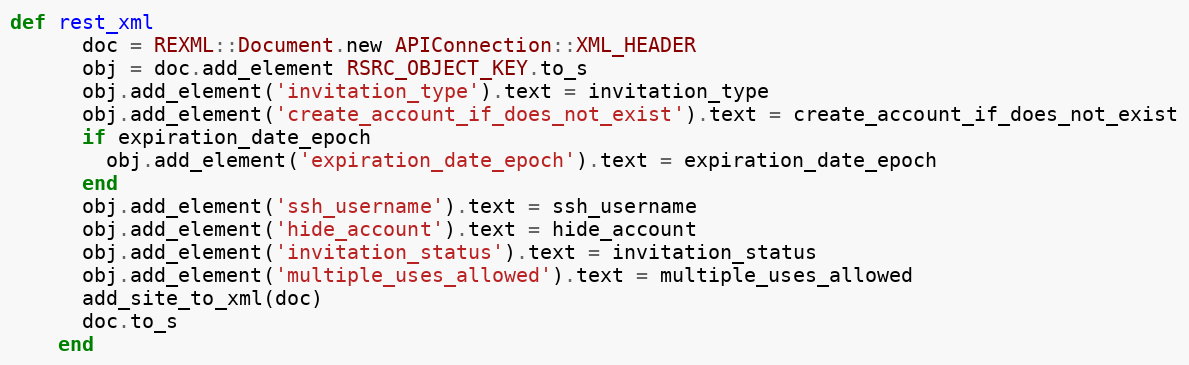
Language: Ruby
def rest_xml
      doc = REXML::Document.new APIConnection::XML_HEADER
      obj = doc.add_element RSRC_OBJECT_KEY.to_s
      obj.add_element('invitation_type').text = invitation_type
      obj.add_element('create_account_if_does_not_exist').text = create_account_if_does_not_exist
      if expiration_date_epoch
        obj.add_element('expiration_date_epoch').text = expiration_date_epoch
      end
      obj.add_element('ssh_username').text = ssh_username
      obj.add_element('hide_account').text = hide_account
      obj.add_element('invitation_status').text = invitation_status
      obj.add_element('multiple_uses_allowed').text = multiple_uses_allowed
      add_site_to_xml(doc)
      doc.to_s
    end